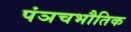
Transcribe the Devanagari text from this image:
पंञचभौतिक